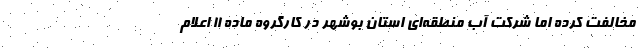
مخالفت کرده اما شرکت آب منطقه‌ای استان بوشهر در کارگروه ماده ۱۱ اعلام